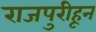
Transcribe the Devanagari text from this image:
राजपुरीहून